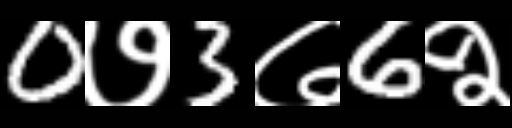
Text: 0७3७6२